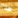
هذا